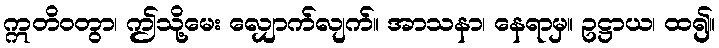
ဣတိဝတွာ၊ ဤသို့မေး လျှောက်လျက်။ အာသနာ၊ နေရာမှ။ ဥဋ္ဌာယ၊ ထ၍။